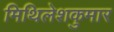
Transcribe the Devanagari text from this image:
मिथिलेशकुमार